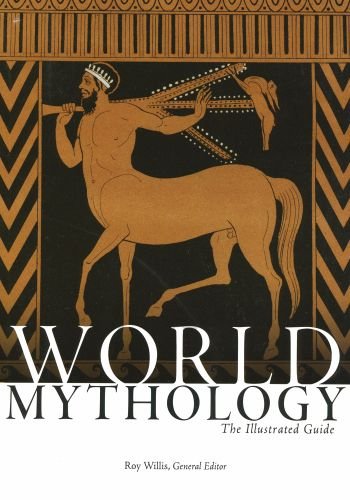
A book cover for World Mythology: The Illustrated Guide; Politics & Social Sciences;